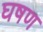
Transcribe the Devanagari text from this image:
घषण